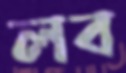
লব